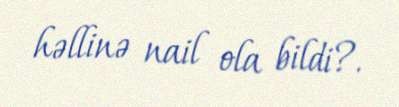
həllinə nail ola bildi?.